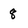
Character: 8